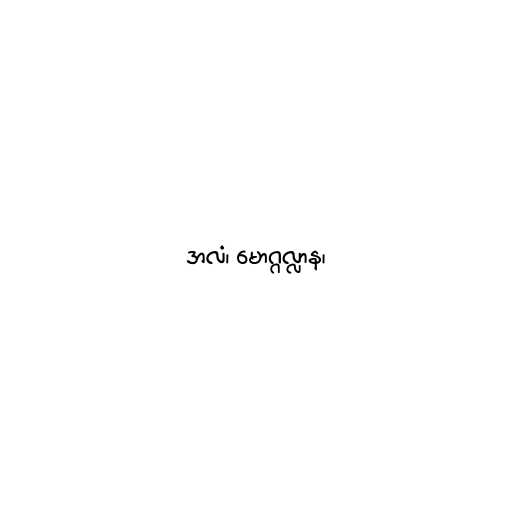
အလံ၊ မောဂ္ဂလ္လာန၊